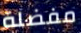
مفضلة